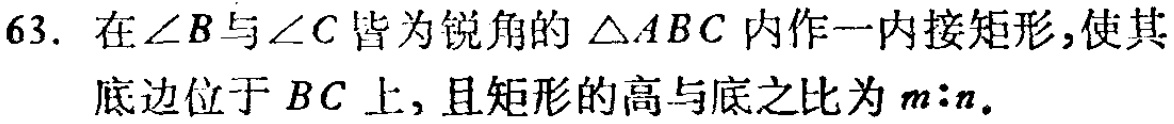
63. 在\(\angle B\)与\(\angle C\)皆为锐角的\(\triangle ABC\)内作一内接矩形，使其底边位于\(BC\)上，且矩形的高与底之比为\(m:n\)。